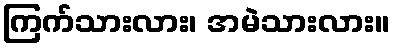
ကြက်သားလား၊ အမဲသားလား။